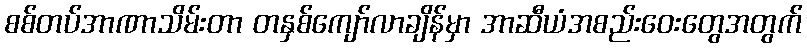
စစ်တပ်အာဏာသိမ်းတာ တနှစ်ကျော်လာချိန်မှာ အာဆီယံအစည်းဝေးတွေအတွက်